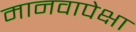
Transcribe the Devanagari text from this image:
मानवापेक्षा